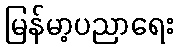
မြန်မာ့ပညာရေး